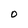
Character: 0